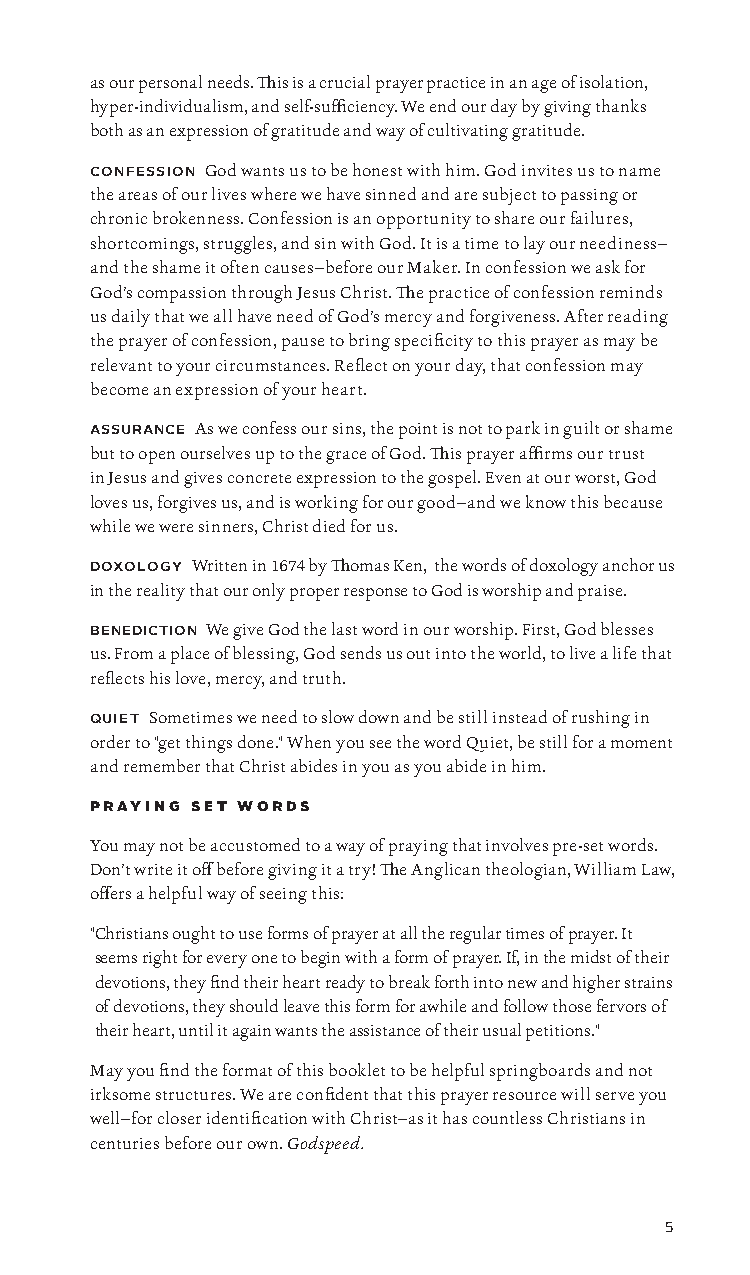
as our personal needs. This is a crucial prayer practice in an age of isolation,
 hyper-individualism, and self-sufficiency. We end our day by giving thanks
 both as an expression of gratitude and way of cultivating gratitude.
 confession God wants us to be honest with him. God invites us to name
 the areas of our lives where we have sinned and are subject to passing or
 chronic brokenness. Confession is an opportunity to share our failures,
 shortcomings, struggles, and sin with God. It is a time to lay our neediness—
 and the shame it often causes—before our Maker. In confession we ask for
 God’s compassion through Jesus Christ. The practice of confession reminds
 us daily that we all have need of God’s mercy and forgiveness. After reading
 the prayer of confession, pause to bring specificity to this prayer as may be
 relevant to your circumstances. Reflect on your day, that confession may
 become an expression of your heart.
 assurance As we confess our sins, the point is not to park in guilt or shame
 but to open ourselves up to the grace of God. This prayer affirms our trust
 in Jesus and gives concrete expression to the gospel. Even at our worst, God
 loves us, forgives us, and is working for our good—and we know this because
 while we were sinners, Christ died for us.
 doxology Written in 1674 by Thomas Ken, the words of doxology anchor us
 in the reality that our only proper response to God is worship and praise.
 benediction We give God the last word in our worship. First, God blesses
 us. From a place of blessing, God sends us out into the world, to live a life that
 reflects his love, mercy, and truth.
 quiet Sometimes we need to slow down and be still instead of rushing in
 order to "get things done." When you see the word Quiet, be still for a moment
 and remember that Christ abides in you as you abide in him.
 praying set words
 You may not be accustomed to a way of praying that involves pre-set words.
 Don’t write it off before giving it a try! The Anglican theologian, William Law,
 offers a helpful way of seeing this:
 " Christians ought to use forms of prayer at all the regular times of prayer. It
 seems right for every one to begin with a form of prayer. If, in the midst of their
 devotions, they find their heart ready to break forth into new and higher strains
 of devotions, they should leave this form for awhile and follow those fervors of
 their heart, until it again wants the assistance of their usual petitions."
 May you find the format of this booklet to be helpful springboards and not
 irksome structures. We are confident that this prayer resource will serve you
 well—for closer identification with Christ—as it has countless Christians in
 centuries before our own. Godspeed.
 5